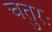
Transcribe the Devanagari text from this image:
चतुरः